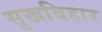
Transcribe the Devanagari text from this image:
सुखविहार